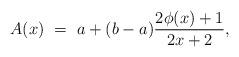
LaTeX: \begin{align*}A(x) \ = \ a + (b - a) \frac{2 \phi(x) + 1}{2x + 2},\end{align*}